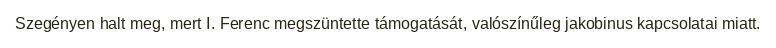
Szegényen halt meg, mert I. Ferenc megszüntette támogatását, valószínűleg jakobinus kapcsolatai miatt.